Annual administration report of the Civil Veterinary Department of India - 1895-1896
Year: 1895
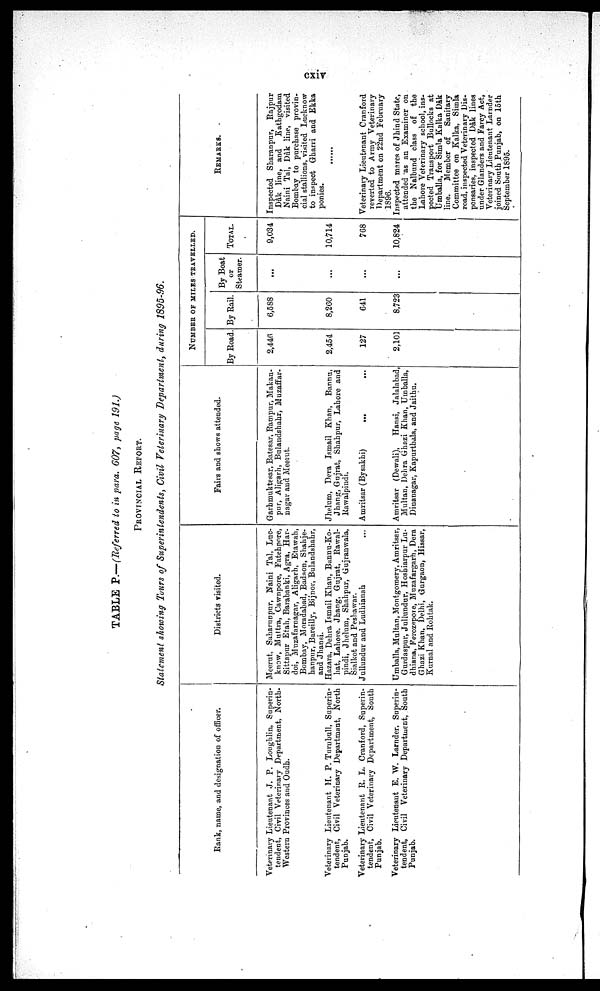
cxiv
TABLE P.—(Referred to in para. 607, page 191.)
PROVINCIAL REPORT.
Statement showing Tours of Superintendents, Civil Veterinary Department, during 1895-96.
Rank, name, and designation of officer.
Veterinary Lieutenant J. P. Loughlin, Superin-
tendent, Civil Veterinary Department, North-
Western Provinces and Oudh.
Veterinary Lieutenant H. P. Turubull, Superin-
tendent, Civil Veterinary Department, North
Punjab.
Veterinary Lieutenant R. L. Cranford, Superin-
tendent, Civil Veterinary Department, South
Punjab.
Veterinary Lieutenant E. W. Larnder. Superin-
tendent, Civil Veterinary Department, South
Punjab.
Districts visited.
Meerut, Saharunpur, Naini Tal, Luc-
know, Muttra, Cawnpore, Fatehpore,
Sittapur Etah, Barabanki, Agra, Har-
doi, Muzafarnagar, Aligarh, Etawah,
Bombay, Moradabad, Badaon, Shahje-
hanpur, Bareilly, Bijnor, Bulandshahr,
and Jhansi.
Hazara, Dehra Ismail Khan, Bannu-Ko-
liat, Lahore. Jhang, Gujrat, Rawal-
pindi, Jhelum, Shahpur, Gujranwala,
Sialkot and Peshawar.
Jullundur and Ludhianah ...
Umballa, Multan, Montgomery, Amritser,
Gurdaspur, Jullundur, Hosbiarpur Lu-
dhiana, Ferozepore, Muzafargarh, Dera
Ghazi Khan, Delhi, Gurgaon, Hissar,
Kurnal and Rohtak.
Fairs and shows attended.
Garhmuktesar, Batesar, Rampur, Makan-
pur, Aligarh, Bulandshahr, Muzaffar-
nagar aud Meerut.
Jhelum, Dera Ismail Khan, Bannu,
Jhang, Gujrat, Shahpur, Lahore and
Rawalpindi.
Amritsar (Bysakhi)
... ...
Amritsar (Dewali),
Hansi, Jalalabad,
Multan, Dehra Ghazi Khan, Umballa,
Dinanagar, Kapurthala, and Jaithu.
NUMBER OF MILES TRAVELLED.
By Road.
2,446
2,454
127
2,101
By Rail.
6,588
8,260
641
8,723
By Boat
or
Steamer.
...
...
...
TOTAL.
9,034
10,714
768
10,824
REMARKS.
Inspected Sharanpur, Rajpur
Dâk line, and
Kathgodam
Naini Tal, Dak line, visited
Bombay to purchase provin-
cial stallions, visited Lucknow
to inspect Gharri and Ekka
ponies.
......
Veterinary Lieutenant Cranford
reverted to Army Veterinary
Department on 22nd February
1896.
Inspected mares of Jhind State,
attended as an Examiner on
the Nalbund class of the
Lahore Veterinary school, ins-
pected Transport Bullocks at
Umballa, for Simla Kalka Dâk
line.
Member of
Sanitary
Committee on Kalka, Simla
road, inspected Veterinary Dis-
pensaries, inspected Dâk lines
under Glanders and Farcy Act,
Veterinary Lieutenant Larnder
joined South Punjab, on loth
September 1895.